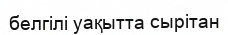
белгілі уақытта сырітан